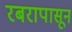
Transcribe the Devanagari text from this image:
रबरापासून